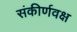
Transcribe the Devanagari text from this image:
संकीर्णवक्ष